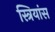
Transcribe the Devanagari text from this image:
स्त्रियांस